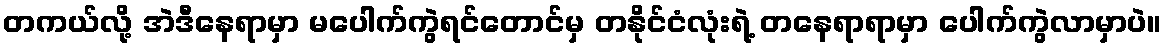
တကယ်လို့ အဲဒီနေရာမှာ မပေါက်ကွဲရင်တောင်မှ တနိုင်ငံလုံးရဲ့ တနေရာရာမှာ ပေါက်ကွဲလာမှာပဲ။